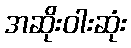
အဆိုးဝါးဆုံး